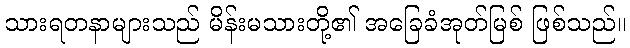
သားရတနာများသည် မိန်းမသားတို့၏ အခြေခံအုတ်မြစ် ဖြစ်သည်။